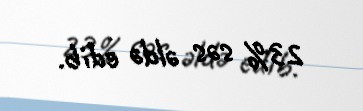
23% səs əldə edib.